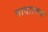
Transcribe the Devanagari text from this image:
नादात्मक